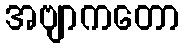
အဗျာကတော